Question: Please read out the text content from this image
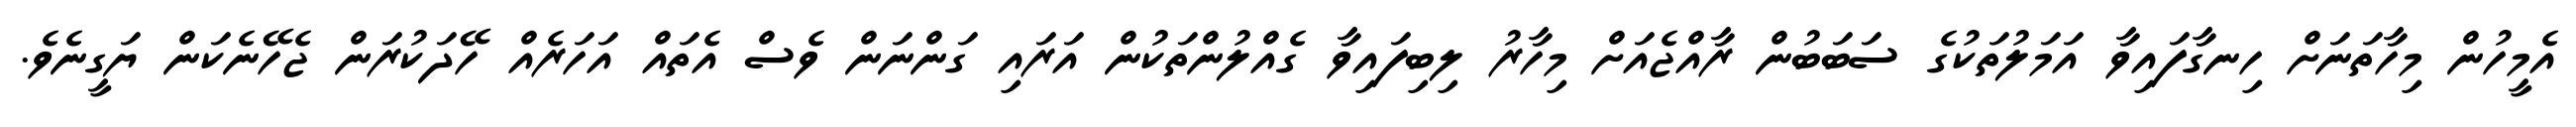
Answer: އެމީހުން މިހާތަނަށް ހިނގާފައިވާ އަމަލުތަކުގެ ސަބަބުން ރާއްޖެއަށް މިހާރު ލިބިފައިވާ ގެއްލުންތަކުން އަރައި ގަންނަން ވެސް އެތައް އަހަރެއް ހޭދަކުރަން ޖެހޭނެކަން ޔަގީނެވެ.